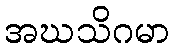
အဃသိဂမာ